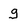
Character: g